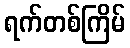
ရက်တစ်ကြိမ်